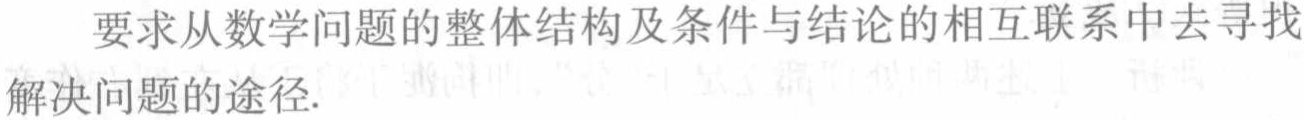
要求从数学问题的整体结构及条件与结论的相互联系中去寻找解决问题的途径.